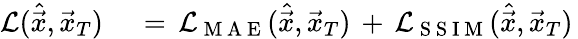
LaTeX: \begin{array}{rl}{\mathcal{L}(\hat{\vec{x}},\vec{x}_{T})\, }&{{}=\, \mathcal{L}_{\mathrm{~M~A~E~}}(\hat{\vec{x}},\vec{x}_{T})\, +\, \mathcal{L}_{\mathrm{~S~S~I~M~}}(\hat{\vec{x}},\vec{x}_{T})\, }\end{array}